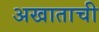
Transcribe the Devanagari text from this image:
अखाताची